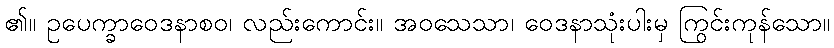
၏။ ဥပေက္ခာဝေဒနာစဝ၊ လည်းကောင်း။ အဝသေသာ၊ ဝေဒနာသုံးပါးမှ ကြွင်းကုန်သော။